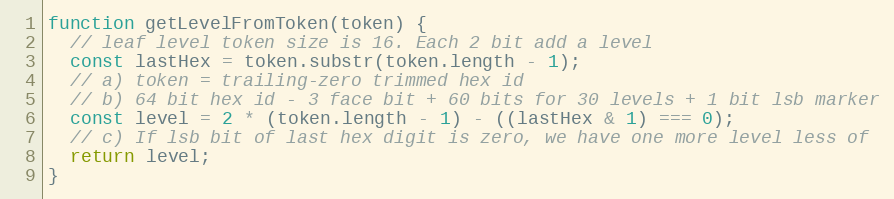
Language: JavaScript
function getLevelFromToken(token) {
  // leaf level token size is 16. Each 2 bit add a level
  const lastHex = token.substr(token.length - 1);
  // a) token = trailing-zero trimmed hex id
  // b) 64 bit hex id - 3 face bit + 60 bits for 30 levels + 1 bit lsb marker
  const level = 2 * (token.length - 1) - ((lastHex & 1) === 0);
  // c) If lsb bit of last hex digit is zero, we have one more level less of
  return level;
}